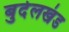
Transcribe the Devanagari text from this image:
बुदेलखंड